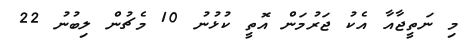
މި ނަތީޖާއާ އެކު ޖަރުމަން އޮތީ ކުޅުނު 10 މެޗުން ލިބުނު 22